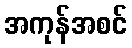
အကုန်အစင်